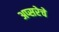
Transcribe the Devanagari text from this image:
अप्सरेचे